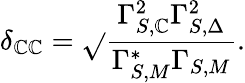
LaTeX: \delta_{\mathbb{C}\mathbb{C}}=\sqrt{}{{\frac{{\Gamma_{S,\mathbb{C}}^{2}\Gamma_{S,\Delta}^{2}}}{{\Gamma_{S,M}^{*}\Gamma_{S,M}}}}}.